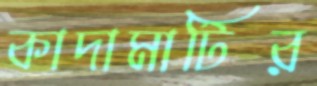
কাদামাটির